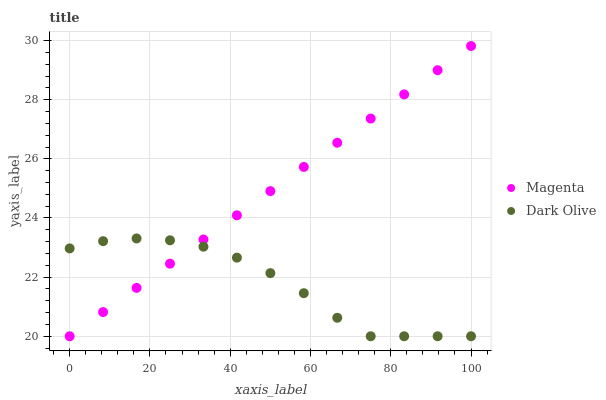
| xaxis_label | Magenta | Dark Olive |
 | --- | --- | --- |
 | 0 | 20 | 23 |
 | 8.33 | 20.8 | 23.2 |
 | 16.7 | 21.6 | 23.3 |
 | 25 | 22.5 | 23.2 |
 | 33.3 | 23.3 | 23 |
 | 41.7 | 24.1 | 22.7 |
 | 50 | 24.9 | 22.1 |
 | 58.3 | 25.7 | 21.5 |
 | 66.7 | 26.5 | 20.6 |
 | 75 | 27.4 | 20 |
 | 83.3 | 28.2 | 20 |
 | 91.7 | 29 | 20 |
 | 100 | 29.8 | 20 |